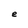
Character: e